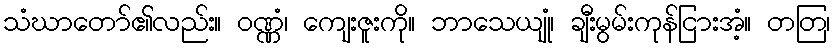
သံဃာတော်၏လည်း။ ဝဏ္ဏံ၊ ကျေးဇူးကို။ ဘာသေယျုံ၊ ချီးမွမ်းကုန်ငြားအံ့။ တတြ၊